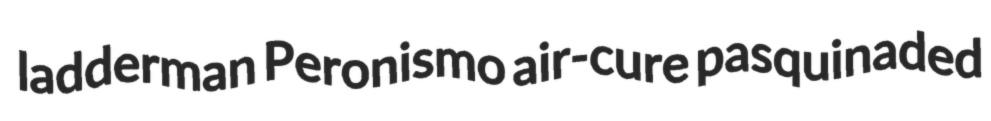
ladderman Peronismo air-cure pasquinaded